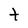
Character: t